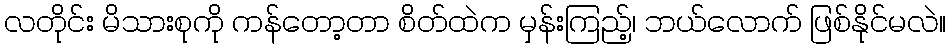
လတိုင်း မိသားစုကို ကန်တော့တာ စိတ်ထဲက မှန်းကြည့်၊ ဘယ်လောက် ဖြစ်နိုင်မလဲ။